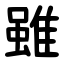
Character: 雖